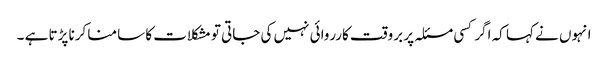
انہوں نے کہا کہ اگر کسی مسئلہ پر بروقت کارروائی نہیں کی جاتی تو مشکلات کا سامنا کرنا پڑتا ہے ۔